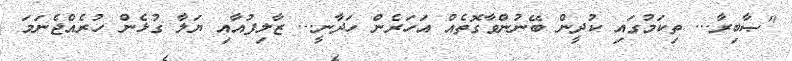
"ޞާބިރާ... ތިކަމުގައި ކުދީން ބޭނުންވާގޮތެއް އަހަރެން ހަދާނީ... ޒާލިފުއާއި ޔަލާ ގުޅެން ހުރެއްޖެނަމަ